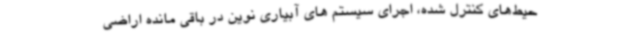
حیط‌های کنترل شده، اجرای سیستم های آبیاری نوین در باقی مانده اراضی